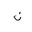
Letter: _non